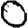
Digit: 0